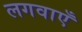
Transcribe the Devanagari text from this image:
लगवाएँ